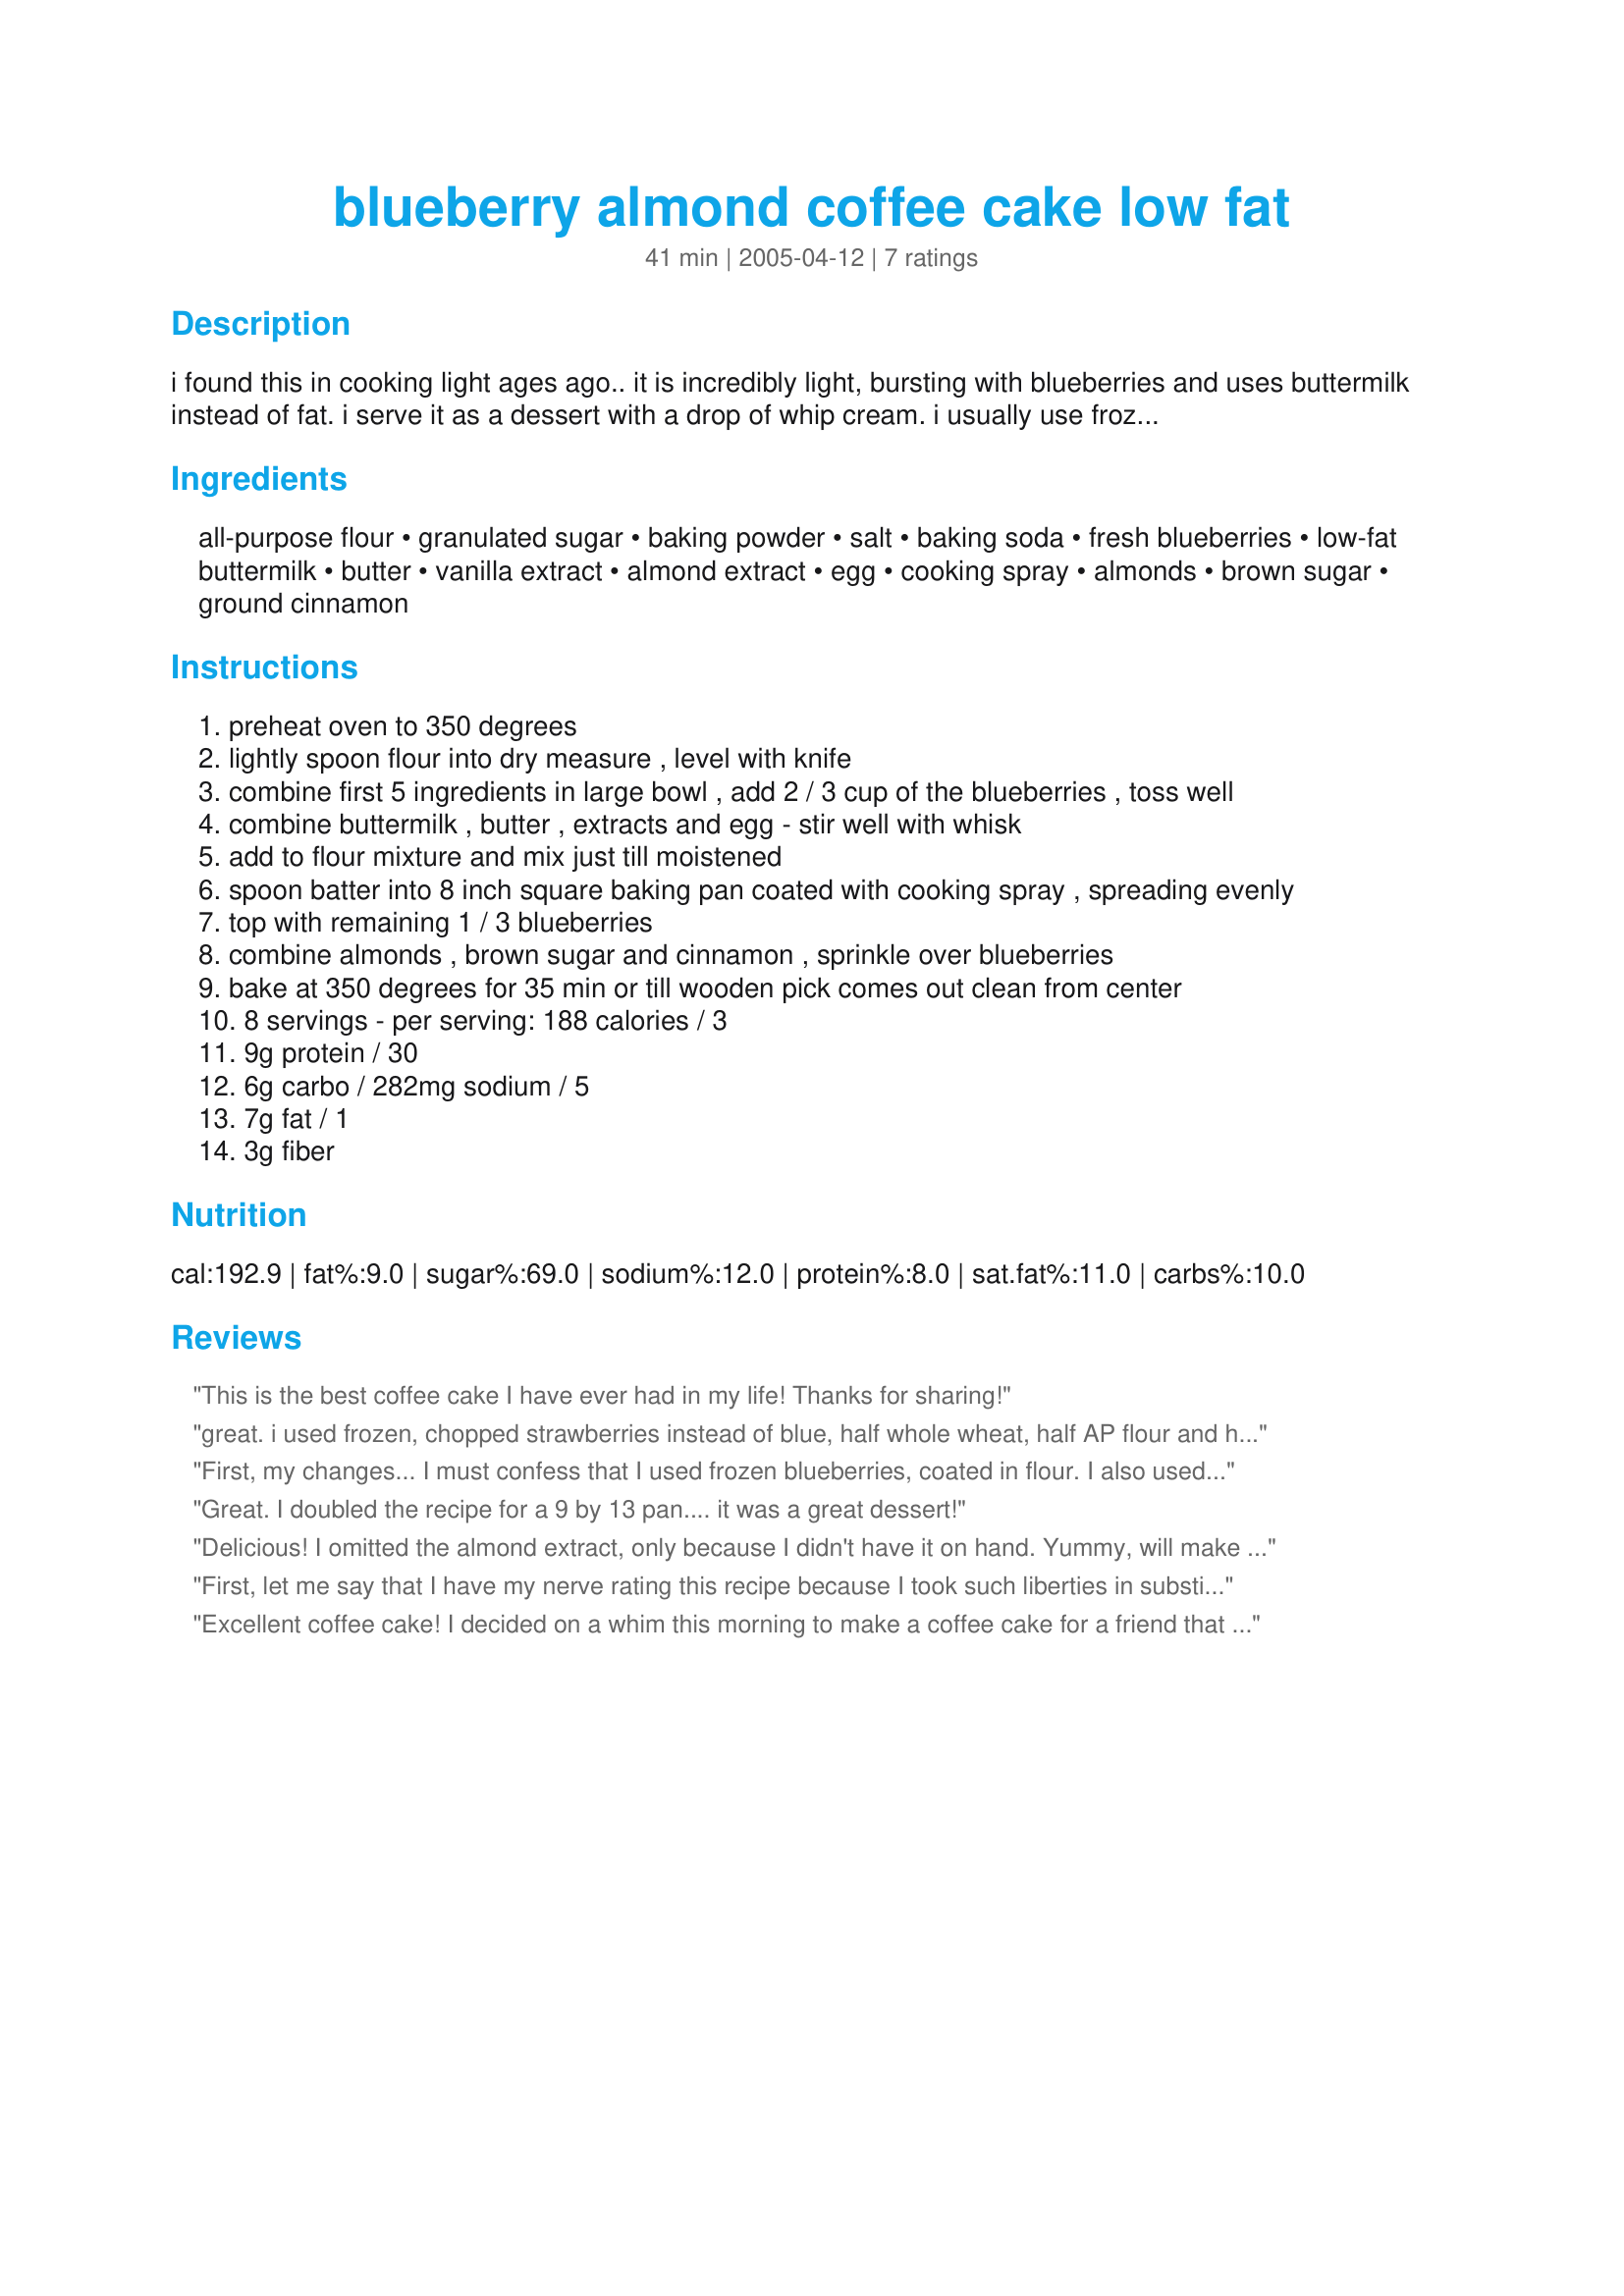
blueberry almond coffee cake low fat
Preparation time: 41 minutes

i found this in cooking light ages ago.. it is incredibly light, bursting with blueberries and uses buttermilk instead of fat. i serve it as a dessert with a drop of whip cream. i usually use frozen berries with no problem. perfect for smaller families and freezes well!

Ingredients:
all-purpose flour, granulated sugar, baking powder, salt, baking soda, fresh blueberries, low-fat buttermilk, butter, vanilla extract, almond extract, egg, cooking spray, almonds, brown sugar, ground cinnamon

Steps:
preheat oven to 350 degrees
lightly spoon flour into dry measure , level with knife
combine first 5 ingredients in large bowl , add 2 / 3 cup of the blueberries , toss well
combine buttermilk , butter , extracts and egg - stir well with whisk
add to flour mixture and mix just till moistened
spoon batter into 8 inch square baking pan coated with cooking spray , spreading evenly
top with remaining 1 / 3 blueberries
combine almonds , brown sugar and cinnamon , sprinkle over blueberries
bake at 350 degrees for 35 min or till wooden pick comes out clean from center
8 servings - per serving: 188 calories / 3
9g protein / 30
6g carbo / 282mg sodium / 5
7g fat / 1
3g fiber

Reviews:
This is the best coffee cake I have ever had in my life! Thanks for sharing!
great. i used frozen, chopped strawberries instead of blue, half whole wheat, half AP flour and half brown sugar, half regular sugar. Really enjoyed the almonds. i doubled the recipe and made in loaf pans to have for 2 days worth of breakfast. One recipe fed our family of 4. thanks for a healthy alternative!
First, my changes... I must confess that I used frozen blueberries, coated in flour. I also used soymilk + vinegar instead of buttermilk, and margarine in place of the butter. It was missing a little "something," which surprised me, since there was both almond and vanilla extract in there. I made it again and increased the sugar to a cup, but it didn't seem to help that much. Maybe adding honey or vanilla sugar would help... but thanks for posting, it's a good springboard recipe!
Great. I doubled the recipe for a 9 by 13 pan.... it was a great dessert!
Delicious! I omitted the almond extract, only because I didn't have it on hand. Yummy, will make again!
First, let me say that I have my nerve rating this recipe because I took such liberties in substituting ingredients to make it more diabetic friendly for my family, but since it turned out so well, I feel confident that the recipe as written is even more sensational. I used soft whole wheat flour, splenda, non-fat yogurt, and canola oil in the same measures as the original ingredients of AP flour, sugar, buttermilk,and butter. In addition, for the topping I used Brown Sugar Twin, and 1/2 tsp of baking spice blend #145505 (on Zaar), omitting the almonds. When the coffee cake was freshly made I regretted using the brown sugar twin, and thought I should have just mixed the spice blend into the batter and omitted it altogether. The, (to me anyway), slightly off taste of the artificial sweetener magically disappeared overnight however, and I rather liked the topping taste the next day after the crust softened, and it sort of melted in.
Excellent coffee cake! I decided on a whim this morning to make a coffee cake for a friend that was coming over for coffee and I knew that I had blueberries to use up and buttermilk in the house. This whipped up quick and the only tweeking I did was to add more almond extract and more blueberries. I didn't have any almonds in the house so they were omitted. I put a quick dusting of powdered sugar on top before serving. This one is a keeper!!
